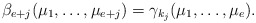
\begin{align*}\beta_{e+j}(\mu_{1},\dots,\mu_{e+j})=\gamma_{k_{j}}(\mu_{1},\dots,\mu_{e}).\end{align*}